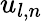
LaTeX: {u}_{l,n}